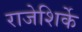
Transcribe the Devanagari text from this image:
राजेशिर्के